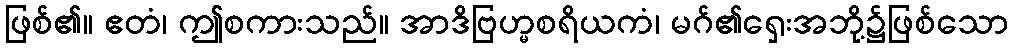
ဖြစ်၏။ ဧတံ၊ ဤစကားသည်။ အာဒိဗြဟ္မစရိယကံ၊ မဂ်၏ရှေးအဘို့၌ဖြစ်သော